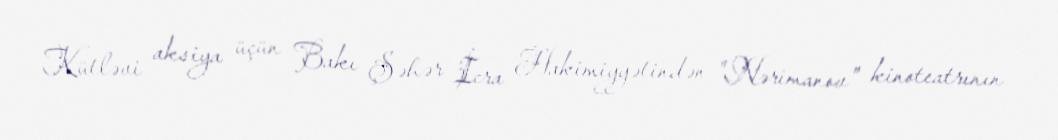
Kütləvi aksiya üçün Bakı Şəhər İcra Hakimiyyətindən "Nərimanov" kinoteatrının